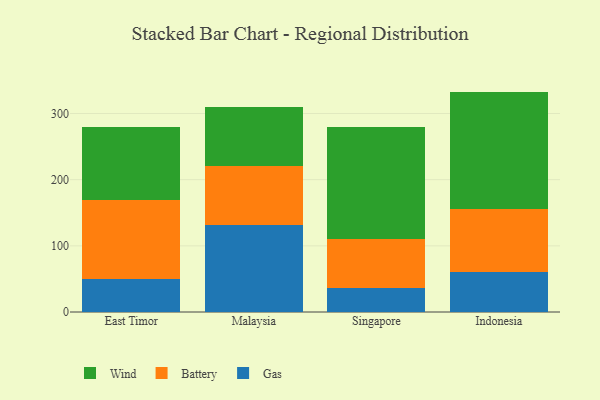
{"axis": {"x": "Country", "y": "Energy Usage (MWh)"}, "legend": ["Battery", "Gas", "Wind"], "data": [{"x": "East Timor", "y": 49.5, "type": "Gas"}, {"x": "East Timor", "y": 119.9, "type": "Battery"}, {"x": "East Timor", "y": 110.1, "type": "Wind"}, {"x": "Malaysia", "y": 132.1, "type": "Gas"}, {"x": "Malaysia", "y": 88.9, "type": "Battery"}, {"x": "Malaysia", "y": 89.1, "type": "Wind"}, {"x": "Singapore", "y": 35.7, "type": "Gas"}, {"x": "Singapore", "y": 74.1, "type": "Battery"}, {"x": "Singapore", "y": 169.6, "type": "Wind"}, {"x": "Indonesia", "y": 61.1, "type": "Gas"}, {"x": "Indonesia", "y": 95.2, "type": "Battery"}, {"x": "Indonesia", "y": 176.8, "type": "Wind"}]}